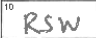
Transcription: RSW